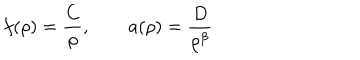
LaTeX: f ( \rho ) = \frac { C } { \rho } , \qquad a ( \rho ) = \frac { D } { \rho ^ { \beta } }